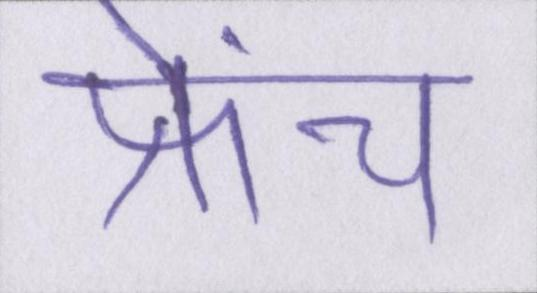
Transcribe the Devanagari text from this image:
फ्रेंच